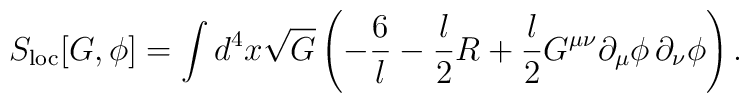
S_{{\rm loc}}[G,\phi]=\int d^4x\sqrt{G}\left( -\frac{6}{l}-{l\over 2}R +{l\over 2}G^{\mu\nu}\partial_{\mu}\phi\,\partial_{\nu}\phi\right).